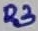
Text: R3